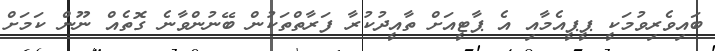
ބައިވެރިވުމަކީ ޕީޕީއެމާއި އެ ޕާޓީއަށް ތާއީދުކުރާ ފަރާތްތަކުން ބޭނުންވާނެ ގޮތެއް ނޫން ކަމަށް